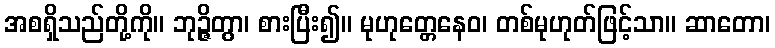
အစရှိသည်တို့ကို။ ဘုဉ္ဇိတွာ၊ စားပြီး၍။ မုဟုတ္တေနေဝ၊ တစ်မုဟုတ်ဖြင့်သာ။ ဆာတော၊